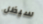
سيظل